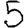
Digit: 5